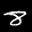
Label: 8